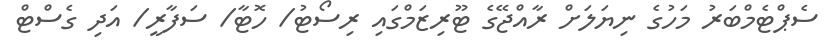
ސެޕްޓެމްބަރު މަހުގެ ނިޔަލަށް ރާއްޖޭގެ ޓޫރިޒަމްގައި ރިސޯޓު/ ހޮޓާ/ ސަފާރީ/ އަދި ގެސްޓް